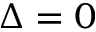
\Delta = 0